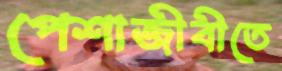
পেশাজীবীতে